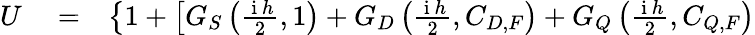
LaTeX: \begin{array}{rlr}{U}&{{}=}&{\left\{ 1+\left[G_{S}\left(\frac{\mathrm{~i~}h}{2},1\right)+G_{D}\left(\frac{\mathrm{~i~}h}{2},C_{D,F}\right)+G_{Q}\left(\frac{\mathrm{~i~}h}{2},C_{Q,F}\right)\right.\right.}\end{array}